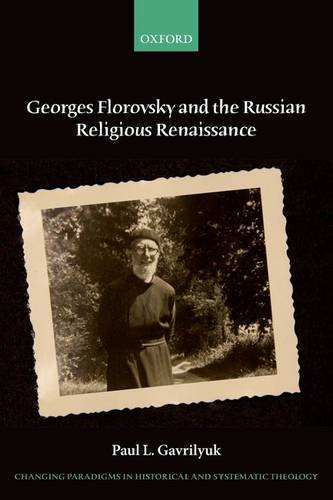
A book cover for Georges Florovsky and the Russian Religious Renaissance (Changing Paradigms in Historical and Systematic Theology); Paul L. Gavrilyuk; Christian Books & Bibles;